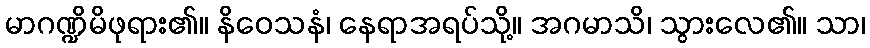
မာဂဏ္ဍိမိဖုရား၏။ နိဝေသနံ၊ နေရာအရပ်သို့။ အဂမာသိ၊ သွားလေ၏။ သာ၊